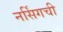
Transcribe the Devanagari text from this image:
नर्सिगची